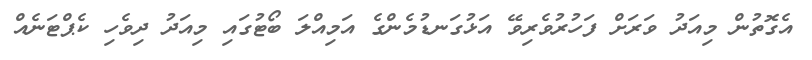
އެގޮތުން މިއަދު ވަރަށް ފަހުރުވެރިވޭ އަޅުގަނޑުމެންގެ އަމިއްލަ ބޯޓުގައި މިއަދު ދިވެހި ކެޕްޓަނެއް